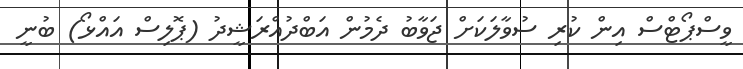
ވީސްޕޯޓްސް އިން ކުރި ސުވާލަކަށް ޖަވާބު ދެމުން އަބްދުއްރަޝީދު (ޕޮލިސް އައްޅޯ) ބުނީ